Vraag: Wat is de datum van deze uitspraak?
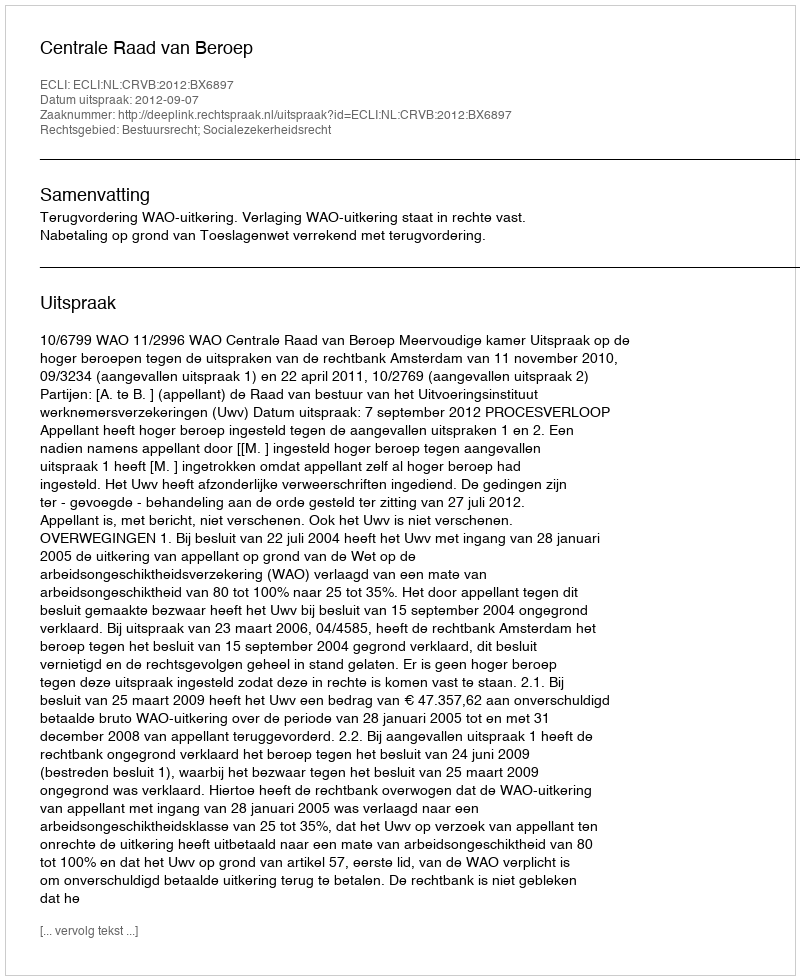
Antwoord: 2012-09-07